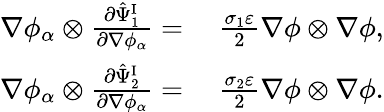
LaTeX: \begin{array}{rl}{\nabla\phi_{\alpha}\otimes\frac{\partial\hat{\Psi}_{1}^{\mathrm{I}}}{\partial\nabla\phi_{\alpha}}=}&{~\frac{\sigma_{1}\varepsilon}{2}\nabla\phi\otimes\nabla\phi,}\\ {\nabla\phi_{\alpha}\otimes\frac{\partial\hat{\Psi}_{2}^{\mathrm{I}}}{\partial\nabla\phi_{\alpha}}=}&{~\frac{\sigma_{2}\varepsilon}{2}\nabla\phi\otimes\nabla\phi.}\end{array}